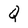
Character: Q